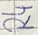
Text: R4